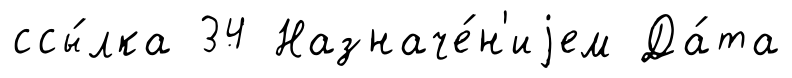
ссы́лка 34 Назначе́н'иjем Да́та